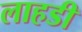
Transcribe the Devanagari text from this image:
लाहडी